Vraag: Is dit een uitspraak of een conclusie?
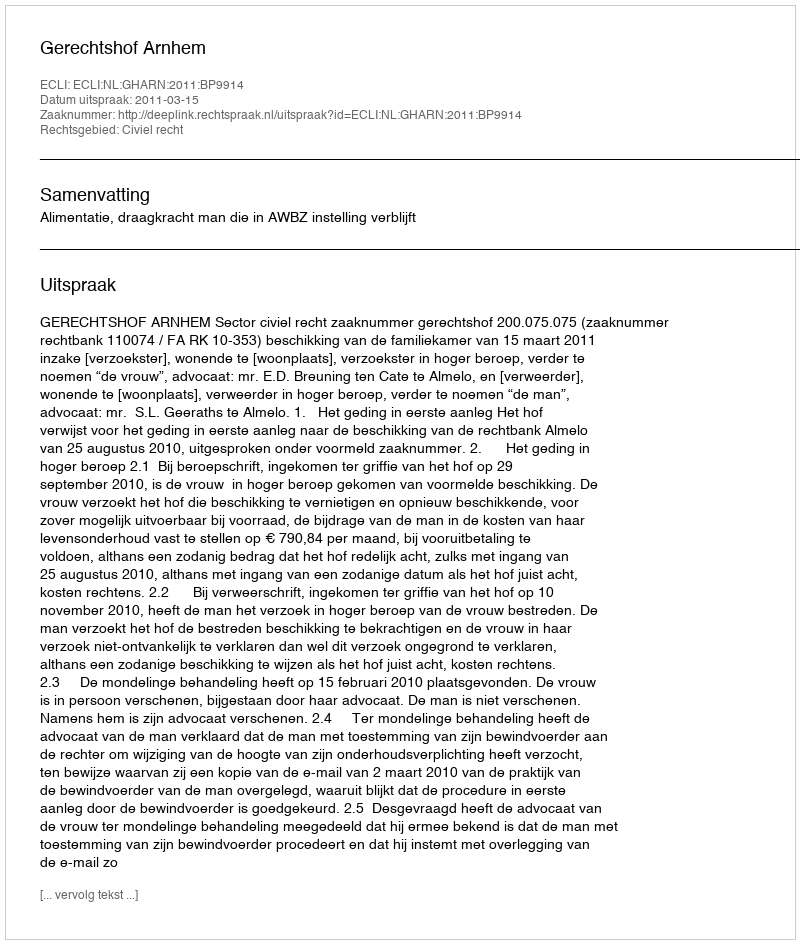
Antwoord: Uitspraak